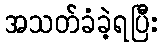
အသတ်ခံခဲ့ရပြီး